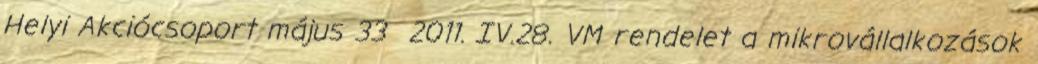
Helyi Akciócsoport május 33 2011. IV.28. VM rendelet a mikrovállalkozások